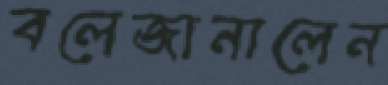
বলেজানালেন